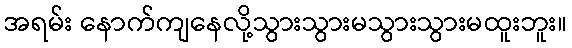
အရမ်း နောက်ကျနေလို့သွားသွားမသွားသွားမထူးဘူး။